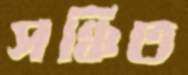
সঞ্চিত